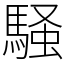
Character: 騒